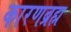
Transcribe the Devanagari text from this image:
कारणब्रह्म